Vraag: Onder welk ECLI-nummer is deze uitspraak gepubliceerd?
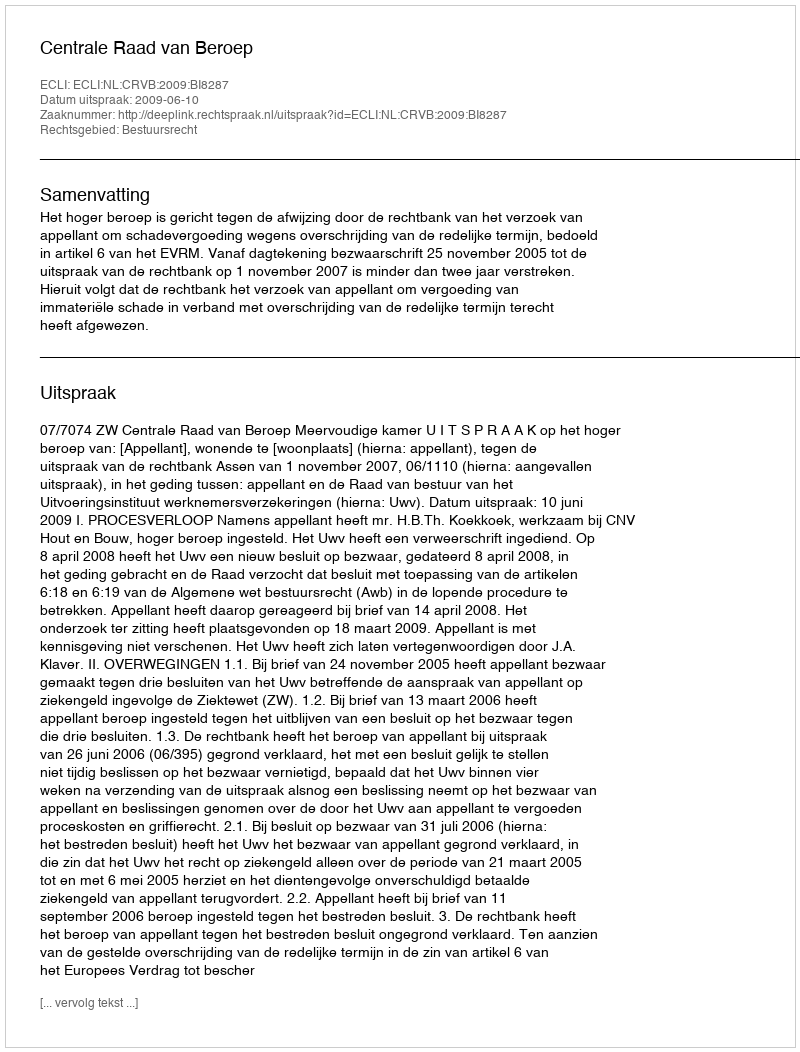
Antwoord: ECLI:NL:CRVB:2009:BI8287